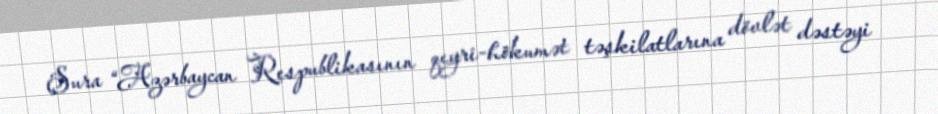
Şura “Azərbaycan Respublikasının qeyri-hökumət təşkilatlarına dövlət dəstəyi